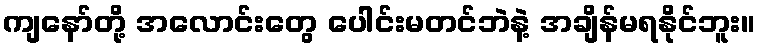
ကျနော်တို့ အလောင်းတွေ ပေါင်းမတင်ဘဲနဲ့ အချိန်မရနိုင်ဘူး။